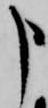
申